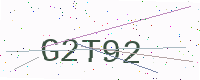
Text: G2T92